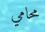
محامي